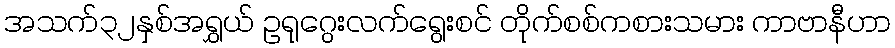
အသက်၃၂နှစ်အရွှယ် ဥရုဂွေးလက်ရွေးစင် တိုက်စစ်ကစားသမား ကာဗာနီဟာ